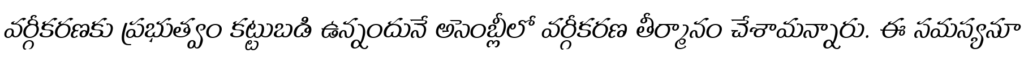
వర్గీకరణకు ప్రభుత్వం కట్టుబడి ఉన్నందునే అసెంబ్లీలో వర్గీకరణ తీర్మానం చేశామన్నారు. ఈ సమస్యనూ